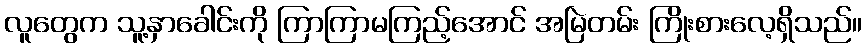
လူတွေက သူ့နှာခေါင်းကို ကြာကြာမကြည့်အောင် အမြဲတမ်း ကြိုးစားလေ့ရှိသည်။